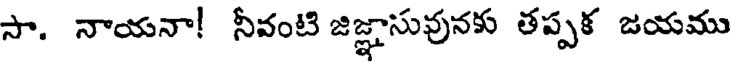
సా. నాయనా! నీవంటి జిజ్ఞాసువునకు తప్పక జయము